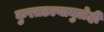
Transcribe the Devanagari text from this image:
कुरतडल्यामुळेही